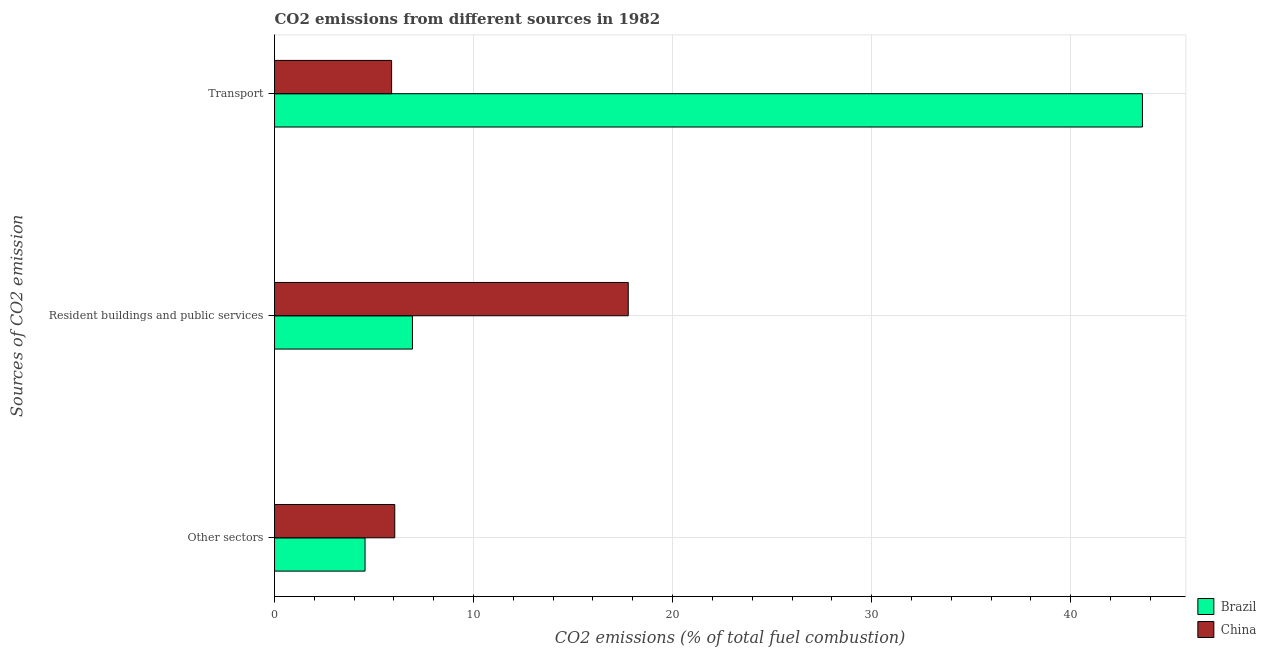
| Sources of CO2 emission | Brazil | China |
 | --- | --- | --- |
 | Other sectors | 4.55 | 6.04 |
 | Resident buildings and public services | 6.93 | 17.8 |
 | Transport | 43.6 | 5.88 |